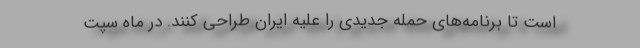
است تا برنامه‌های حمله جدیدی را علیه ایران طراحی کنند. در ماه سپت